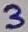
Text: 3